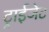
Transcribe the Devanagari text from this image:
ट्राईजेट